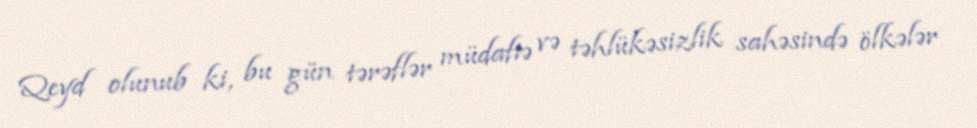
Qeyd olunub ki, bu gün tərəflər müdafiə və təhlükəsizlik sahəsində ölkələr